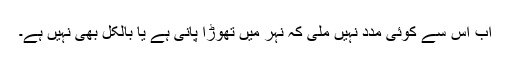
اب اس سے کوئی مدد نہیں ملی کہ نہر میں تھوڑا پانی ہے یا بالکل بھی نہیں ہے۔